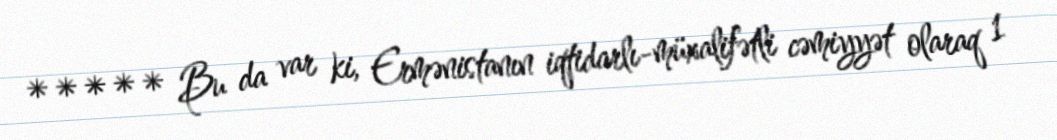
***** Bu da var ki, Ermənistanın iqtidarlı-müxalifətli cəmiyyət olaraq 1